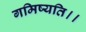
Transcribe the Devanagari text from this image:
गमिष्यति।।